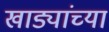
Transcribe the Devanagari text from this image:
खाड्यांच्या